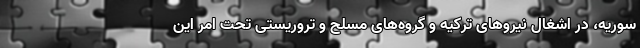
سوریه، در اشغال نیروهای ترکیه و گروه‌های مسلح و تروریستی تحت امر این